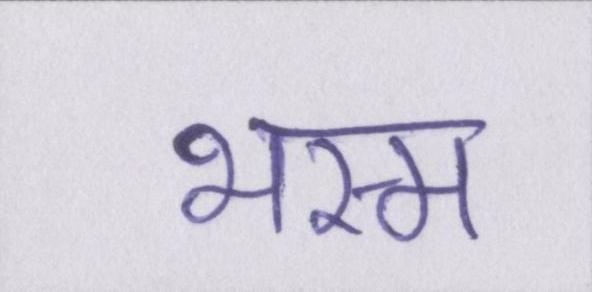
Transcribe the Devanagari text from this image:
भस्म